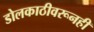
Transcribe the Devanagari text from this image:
डोलकाठीवरूनही